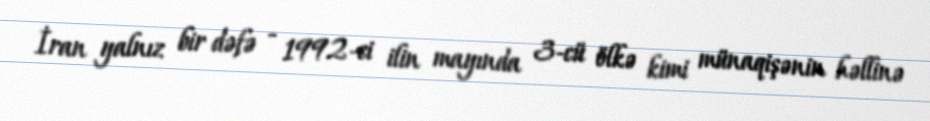
İran yalnız bir dəfə - 1992-ci ilin mayında 3-cü ölkə kimi münaqişənin həllinə